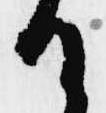
て